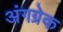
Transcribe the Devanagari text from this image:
अंगग्रेक